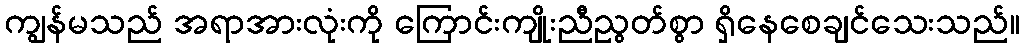
ကျွန်မသည် အရာအားလုံးကို ကြောင်းကျိုးညီညွတ်စွာ ရှိနေစေချင်သေးသည်။